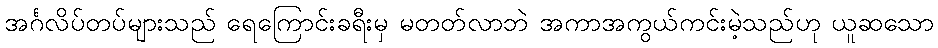
အင်္ဂလိပ်တပ်များသည် ရေကြောင်းခရီးမှ မတတ်လာဘဲ အကာအကွယ်ကင်းမဲ့သည်ဟု ယူဆသော